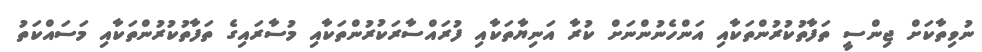
ނުވިތާކަށް ޖިންސީ ތަފާތުކުރުންތަކާއި އަންހެނުންނަށް ކުރާ އަނިޔާތަކާއި ފުރައްސާރަކުރުންތަކާއި މުސާރައިގެ ތަފާތުކުރުންތަކާއި މަސައްކަތު